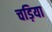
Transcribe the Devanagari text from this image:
चड़िया